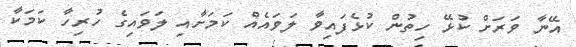
އޭނާ ވަރަށް ކުޅޭ ހިތުން ކުޅެފައިވާ ލަވައެއް ކަމަށާއި ލަވައިގެ ހުރިހާ ކަމަކާ